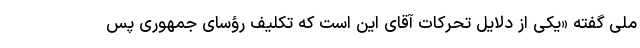
ملی گفته «یکی از دلایل تحرکات آقای این است که تکلیف رؤسای جمهوری پس